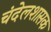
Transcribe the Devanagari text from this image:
चंदेलशासक